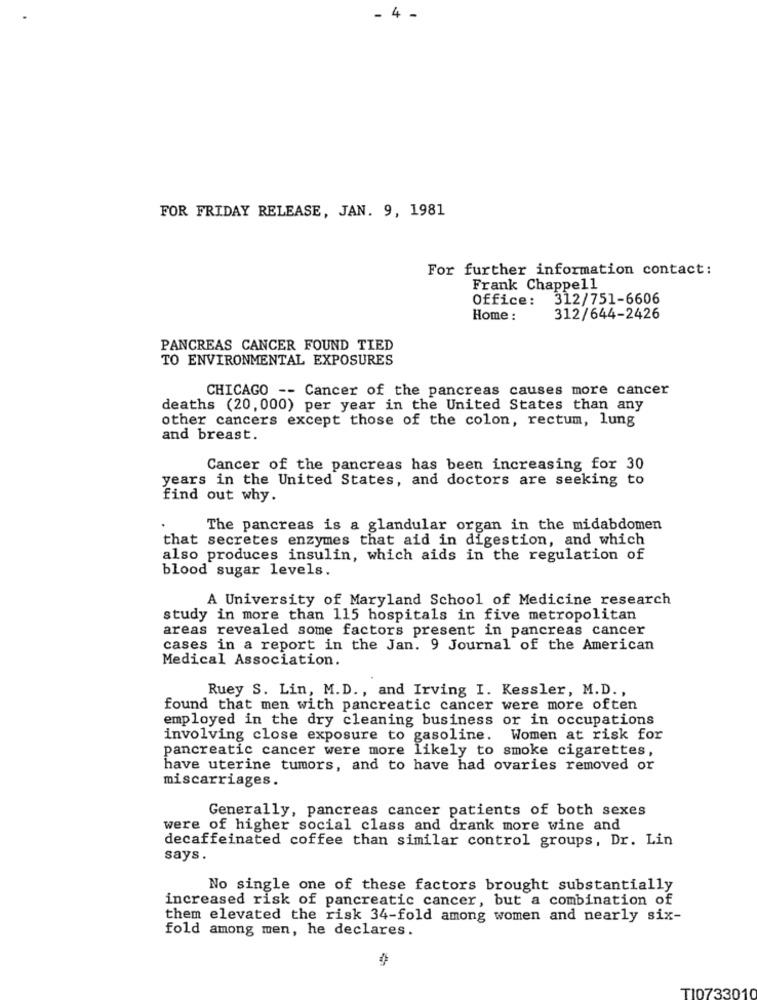
- 4 -
FOR FRIDAY RELEASE, JAN. 9, 1981
For further information contact:
Frank Chappell
Office:
312/751-6606
Home :
312/644-2426
PANCREAS CANCER FOUND TIED
TO ENVIRONMENTAL EXPOSURES
CHICAGO -- Cancer of the pancreas causes more cancer
deaths (20,000) per year in the United States than any
other cancers except those of the colon, rectum, lung
and breast.
Cancer of the pancreas has been increasing for 30
years in the United States, and doctors are seeking to
find out why.
The pancreas is a glandular organ in the midabdomen
that secretes enzymes that aid in digestion, and which
also produces insulin, which aids in the regulation of
blood sugar levels.
A University of Maryland School of Medicine research
study in more than 115 hospitals in five metropolitan
areas revealed some factors present in pancreas cancer
cases in a report in the Jan. 9 Journal of the American
Medical Association.
Ruey S. Lin, M.D ., and Irving I. Kessler, M.D. ,
found that men with pancreatic cancer were more often
employed in the dry cleaning business or in occupations
involving close exposure to gasoline. Women at risk for
pancreatic cancer were more likely to smoke cigarettes,
have uterine tumors, and to have had ovaries removed or
miscarriages.
Generally, pancreas cancer patients of both sexes
were of higher social class and drank more wine and
decaffeinated coffee than similar control groups, Dr. Lin
says.
No single one of these factors brought substantially
increased risk of pancreatic cancer, but a combination of
them elevated the risk 34-fold among women and nearly six-
fold among men, he declares.
TI0733010